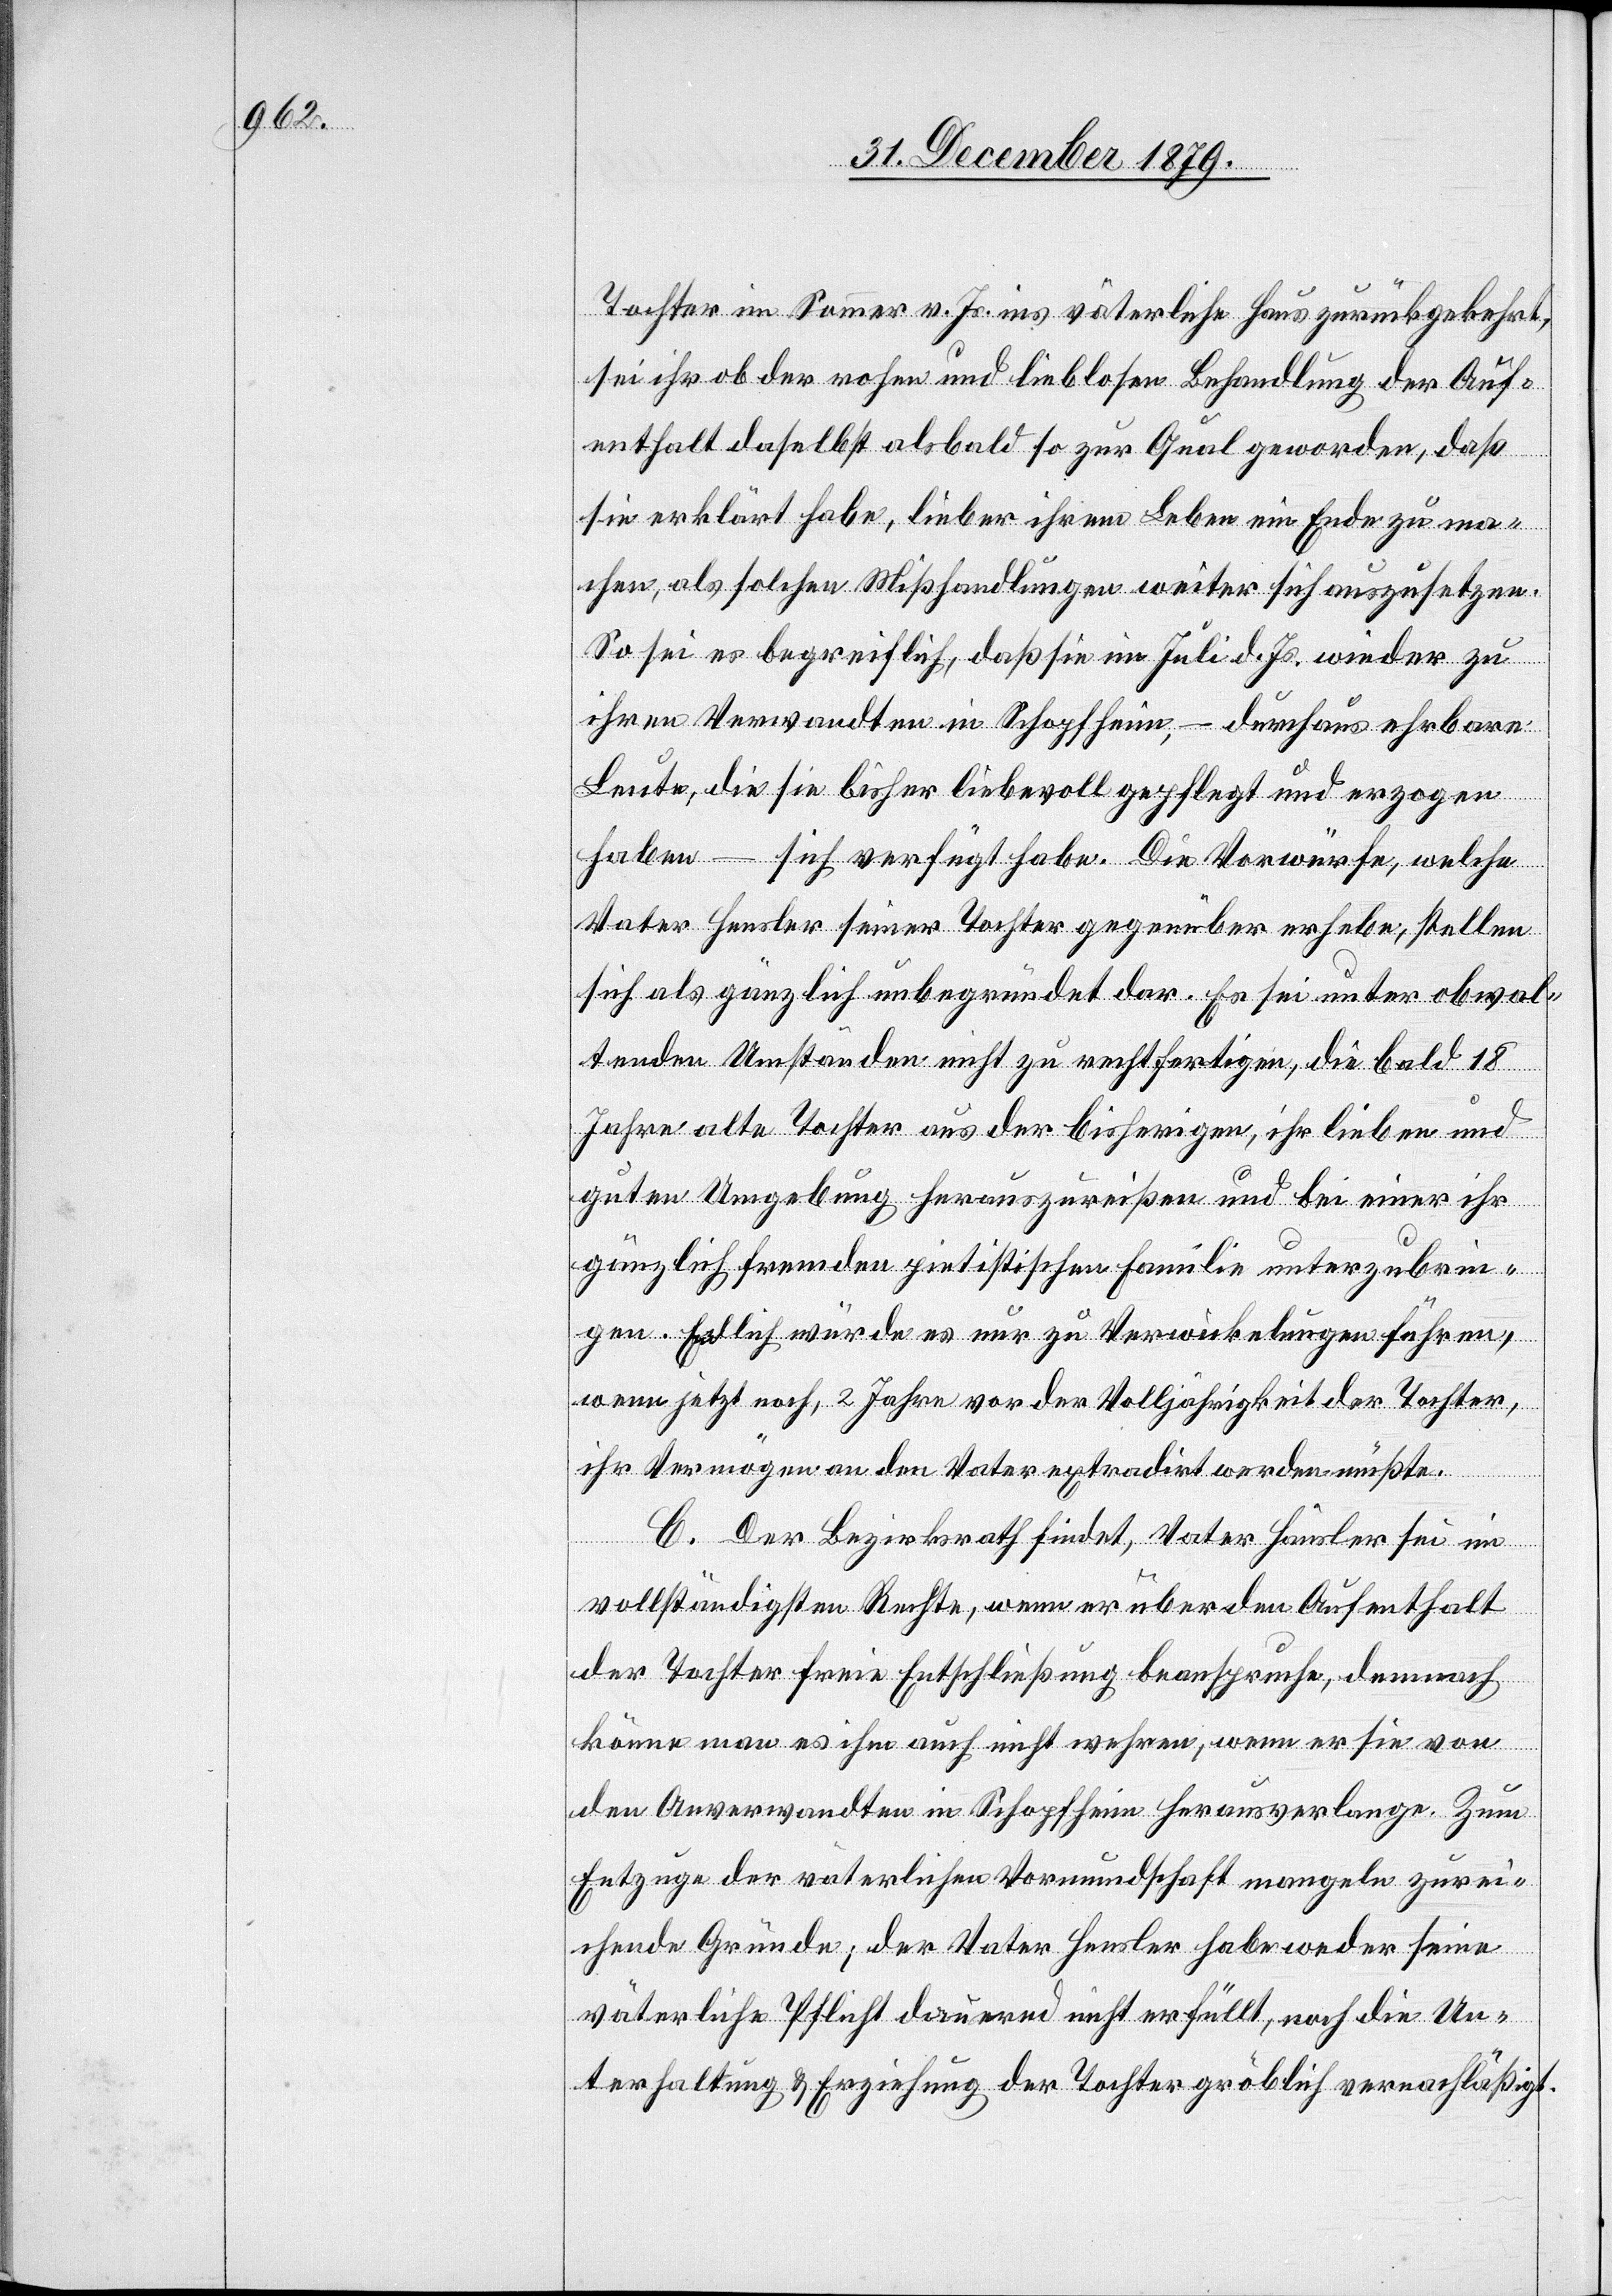
Tochter im Sommer v. Js. ins väterliche Haus zurückgekehrt,
sei ihr ob der rohen und lieblosen Behandlung der Auf¬
enthalt daselbst alsbald so zur Qual geworden, daß
sie erklärt habe, lieber ihrem Leben ein Ende zu ma¬
chen, als solche Mißhandlungen weiter sich auszusetzen.
So sei es begreiflich, daß sie im Juli d. Js. wieder zu
ihren Verwandten in Schopfheim, – durchaus ehrbare
Leute – sich verfügt habe. Die Vorwürfe, welche
Vater Hensler seiner Tochter gegenüber erhebe, stellen
sich als gänzlich unbegründet dar. Es sei unter obwal¬
tenden Umständen nicht zu rechtfertigen, die bald 18
Jahre alte Tochter aus der bisherigen, ihr lieben und
guten Umgebung herauszureißen und bei einer ihr
gänzlich fremden pietistischen Familie unterzubrin¬
gen. Endlich würde es nur zu Verwickelungen führen,
wenn jetzt noch, 2 Jahre vor der Volljährigkeit der Tochter,
ihr Vermögen an den Vater extradirt werden müßte.
C. Der Bezirksrath findet, Vater Hensler sei im
vollständigen Rechte, wenn er über den Aufenthalt
der Tochter freie Entschließung beanspruche, demnach
könne man es ihm auch nicht wehren, wenn er sie von
den Anverwandten in Schopfheim herausverlange. Zum
Entzuge der väterlichen Vormundschaft mangeln zurei¬
chende Gründe; der Vater Hensler habe weder seine
väterliche Pflicht dauernd nicht erfüllt, noch die Un¬
terhaltung & Erziehung der Tochter gröblich vernachläßigt.